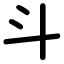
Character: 斗